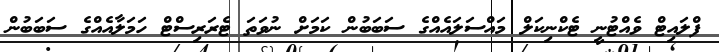
ފްލައިޓް ވެއްޓުނީ ޓެކްނިކަލް މައްސަލައެއްގެ ސަބަބުން ކަމަށް ނުވަތަ ޓެރަރިސްޓް ހަމަލާއެއްގެ ސަބަބުން